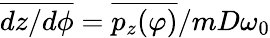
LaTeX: \overline{{dz/d\phi}}=\overline{{p_{z}(\varphi)}}/mD\omega_{0}